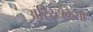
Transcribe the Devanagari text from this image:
अरिस्टाक्रैसी